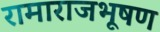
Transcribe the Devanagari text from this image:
रामाराजभूषण